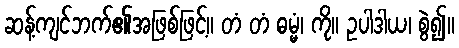
ဆန့်ကျင်ဘက်၏အဖြစ်ဖြင့်။ တံ တံ ဓမ္မံ၊ ကို။ ဥပါဒါယ၊ စွဲ၍။